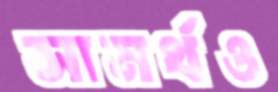
সামর্থও